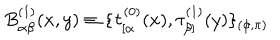
B _ { \alpha \beta } ^ { ( 1 ) } ( x , y ) \equiv \{ \tau _ { [ \alpha } ^ { ( 0 ) } ( x ) , \tau _ { \beta ] } ^ { ( 1 ) } ( y ) \} _ { ( \phi , \pi ) }